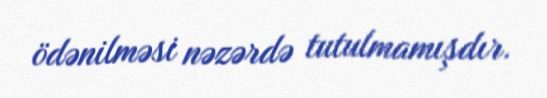
ödənilməsi nəzərdə tutulmamışdır.